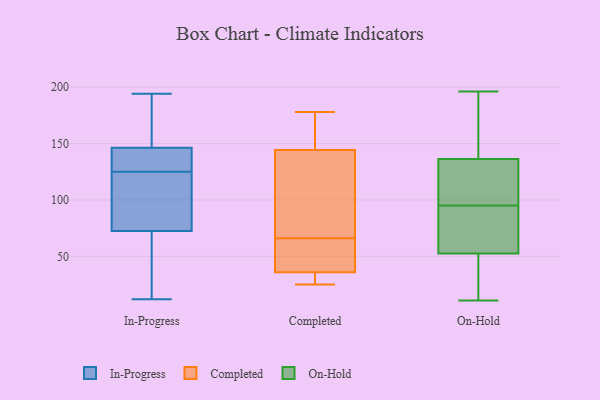
{"axis": {"x": "Production Output", "y": "Value"}, "legend": ["Completed", "In-Progress", "On-Hold"], "data": [{"x": "", "y": 146, "type": "In-Progress"}, {"x": "", "y": 76, "type": "In-Progress"}, {"x": "", "y": 118, "type": "In-Progress"}, {"x": "", "y": 168, "type": "In-Progress"}, {"x": "", "y": 194, "type": "In-Progress"}, {"x": "", "y": 147, "type": "In-Progress"}, {"x": "", "y": 129, "type": "In-Progress"}, {"x": "", "y": 86, "type": "In-Progress"}, {"x": "", "y": 131, "type": "In-Progress"}, {"x": "", "y": 136, "type": "In-Progress"}, {"x": "", "y": 59, "type": "In-Progress"}, {"x": "", "y": 54, "type": "In-Progress"}, {"x": "", "y": 125, "type": "In-Progress"}, {"x": "", "y": 62, "type": "In-Progress"}, {"x": "", "y": 168, "type": "In-Progress"}, {"x": "", "y": 106, "type": "In-Progress"}, {"x": "", "y": 12, "type": "In-Progress"}, {"x": "", "y": 25, "type": "Completed"}, {"x": "", "y": 165, "type": "Completed"}, {"x": "", "y": 89, "type": "Completed"}, {"x": "", "y": 66, "type": "Completed"}, {"x": "", "y": 121, "type": "Completed"}, {"x": "", "y": 42, "type": "Completed"}, {"x": "", "y": 152, "type": "Completed"}, {"x": "", "y": 65, "type": "Completed"}, {"x": "", "y": 32, "type": "Completed"}, {"x": "", "y": 34, "type": "Completed"}, {"x": "", "y": 178, "type": "Completed"}, {"x": "", "y": 181, "type": "On-Hold"}, {"x": "", "y": 87, "type": "On-Hold"}, {"x": "", "y": 131, "type": "On-Hold"}, {"x": "", "y": 108, "type": "On-Hold"}, {"x": "", "y": 95, "type": "On-Hold"}, {"x": "", "y": 114, "type": "On-Hold"}, {"x": "", "y": 196, "type": "On-Hold"}, {"x": "", "y": 82, "type": "On-Hold"}, {"x": "", "y": 52, "type": "On-Hold"}, {"x": "", "y": 20, "type": "On-Hold"}, {"x": "", "y": 138, "type": "On-Hold"}, {"x": "", "y": 54, "type": "On-Hold"}, {"x": "", "y": 30, "type": "On-Hold"}, {"x": "", "y": 185, "type": "On-Hold"}, {"x": "", "y": 149, "type": "On-Hold"}, {"x": "", "y": 97, "type": "On-Hold"}, {"x": "", "y": 21, "type": "On-Hold"}, {"x": "", "y": 85, "type": "On-Hold"}, {"x": "", "y": 11, "type": "On-Hold"}]}